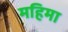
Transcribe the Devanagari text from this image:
महिमा